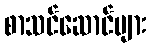
စာသင်ဆောင်များ